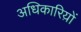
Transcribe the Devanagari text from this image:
अधिकारिय़ों